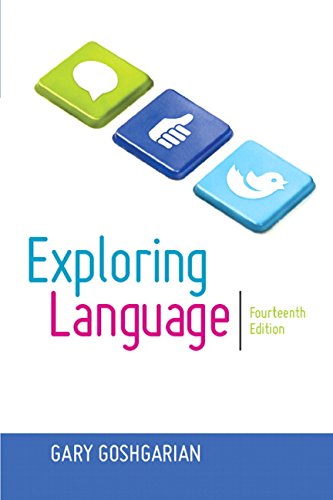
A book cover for Exploring Language (14th Edition); Gary Goshgarian; Reference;